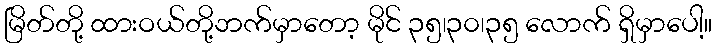
မြိတ်တို့ ထားဝယ်တို့ဘက်မှာတော့ မိုင် ၃၅၊၃၀၊၃၅ လောက် ရှိမှာပေါ့။